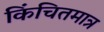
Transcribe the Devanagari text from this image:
किंचितमात्र